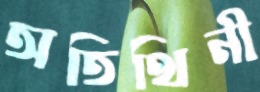
অতিথিনী